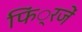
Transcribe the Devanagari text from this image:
फिं्रजें